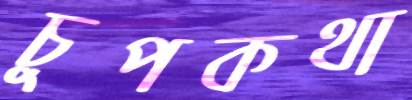
চুপকথা